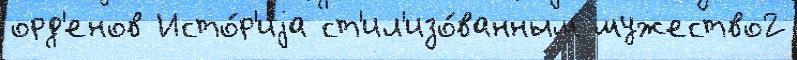
орд'енов Исто́р'иjа ст'ил'изо́ванным мужество2